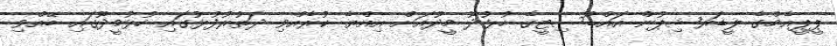
ޕީޕީއެމްގެ ލީޑަރޝިޕުން އައްޑޫސިޓީގެ ހުޅުދޫ މީދޫއަށް އިއްޔެ ކުރެއްވި ދަތުރުފުޅުގައި ހުޅުމީދޫގައި ބޭއްވި